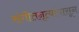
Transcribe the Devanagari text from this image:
संगीतनृत्यांपासून